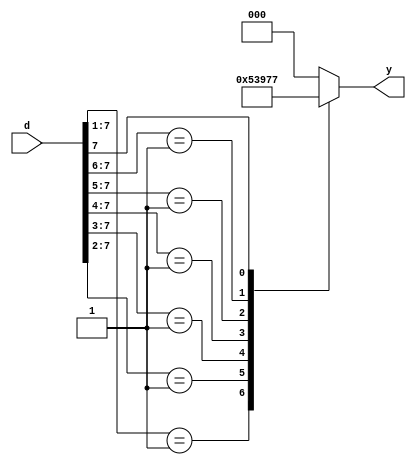
module parity(output reg [2:0] y, input [7:0] d);
    always @(*) begin
        
        casex (d)
        8'b00000001 : y = 3'b000;
        8'b0000001x : y = 3'b001;
        8'b000001xx : y = 3'b010;
        8'b00001xxx : y = 3'b011;
        8'b0001xxxx : y = 3'b100;
        8'b001xxxxx : y = 3'b101;
        8'b01xxxxxx : y = 3'b110;
        8'b1xxxxxxx : y = 3'b111;
        default : y = 3'b0;
        endcase
    end

endmodule